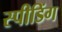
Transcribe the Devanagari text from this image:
स्‍पीडिंग